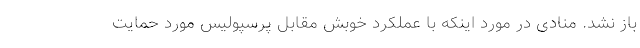
باز نشد. منادی در مورد اینکه با عملکرد خوبش مقابل پرسپولیس مورد حمایت